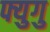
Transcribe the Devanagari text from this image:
फ्युगु